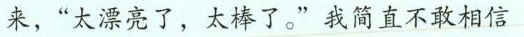
来，”太漂亮了，太棒了。”我简直不敢相信